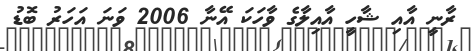
ރާނީ އާއި ޝާހީ އާއިލާގެ ވާހަކަ އޭނާ 2006 ވަނަ އަހަރު ބޮޑު